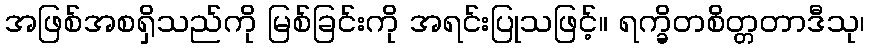
အဖြစ်အစရှိသည်ကို မြစ်ခြင်းကို အရင်းပြုသဖြင့်။ ရက္ခိတစိတ္တတာဒီသု၊